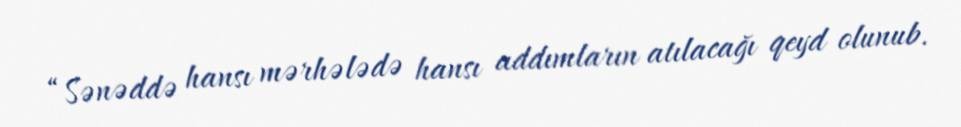
“Sənəddə hansı mərhələdə hansı addımların atılacağı qeyd olunub.